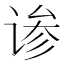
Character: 𬤄